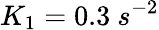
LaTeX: K_{1}=0.3\ s^{-2}